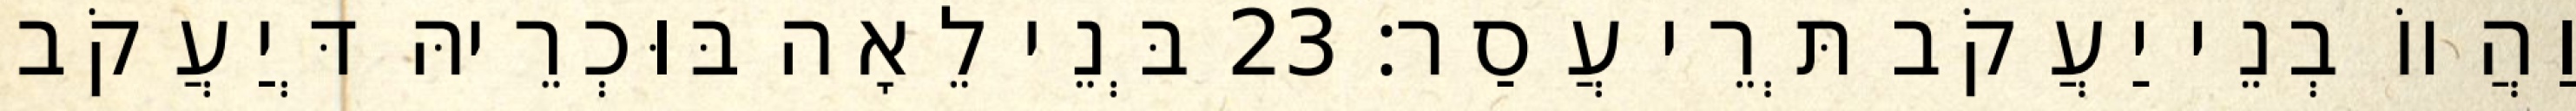
וַהֲווֹ בְנֵי יַעֲקֹב תְּרֵי עֲסַר׃ 23 בְּנֵי לֵאָה בּוּכְרֵיהּ דְּיַעֲקֹב